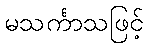
မသင်္ကာသဖြင့်